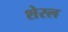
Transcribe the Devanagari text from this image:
शेरल